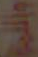
واللين